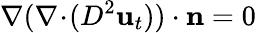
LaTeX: \nabla(\nabla\! \cdot\! (D^{2}\mathbf{u}_{t}))\cdot\mathbf{n}=0